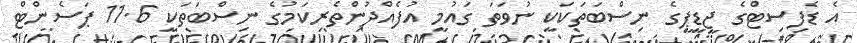
އެ ޑެފިސިޓްގެ ޖީޑީޕީގެ ނިސްބަތަކަކީ ނުވަތަ ގައުމީ އުފެއްދުންތެރިކަމުގެ ނިސްބަތަކީ 11.6 ޕަސެންޓް